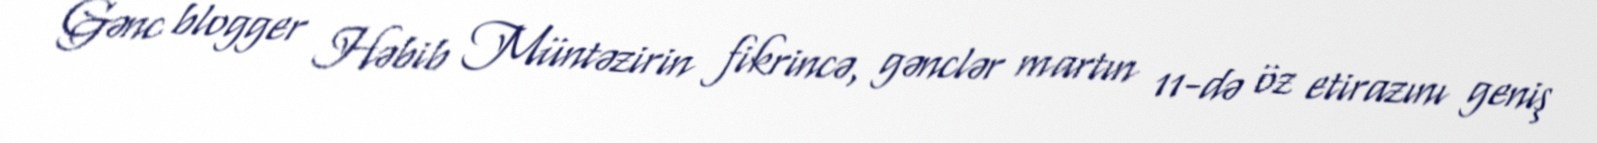
Gənc blogger Həbib Müntəzirin fikrincə, gənclər martın 11-də öz etirazını geniş